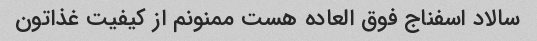
سالاد اسفناج فوق العاده هست ممنونم از کیفیت غذاتون